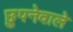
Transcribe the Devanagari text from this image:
छुपनेवाले